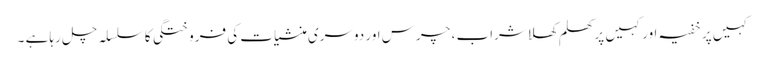
کہیں پر خفیہ اور کہیں پر کھلم کھلاشراب ، چرس اور دوسری منشیات کی فروختگی کا سلسلہ چل رہا ہے ۔